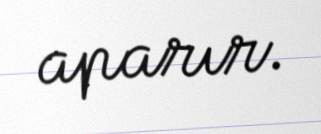
aparır.